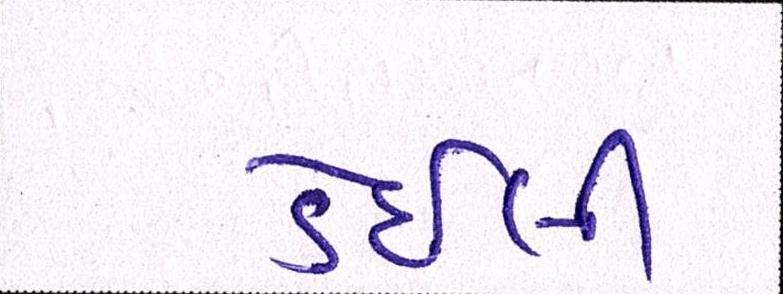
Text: ડેઇલી